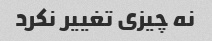
نه چیزی تغییر نکرد